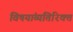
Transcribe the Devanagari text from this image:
विषयांव्यतिरिक्त